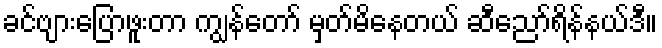
ခင်ဗျားပြောဖူးတာ ကျွန်တော် မှတ်မိနေတယ် ဆီညော်ရိန်နယ်ဒီ။